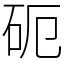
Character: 砈